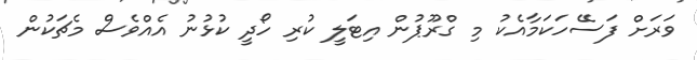
ވަރަށް ފަސޭހަކަމާއެކު މި ގްރޫޕުން އިޓަލީ ކުރި ހޯދީ ކުޅުނު އެއްވެސް މެޗަކުން